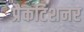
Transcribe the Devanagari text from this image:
प्रैकटिशनर